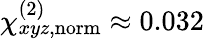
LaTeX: \chi_{xyz,\mathrm{norm}}^{(2)}\approx 0.032